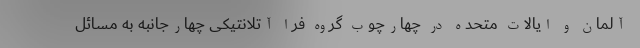
آلمان و ایالات متحده در چهارچوب گروه فرا آتلانتیکی چهارجانبه به مسائل